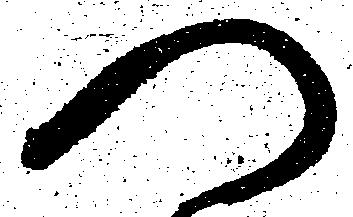
つ